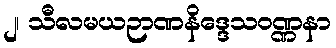
၂၊ သီလမယဉာဏနိဒ္ဒေသဝဏ္ဏနာ